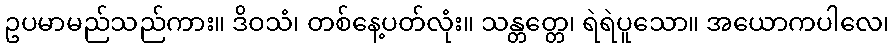
ဥပမာမည်သည်ကား။ ဒိဝသံ၊ တစ်နေ့ပတ်လုံး။ သန္တတ္တေ၊ ရဲရဲပူသော။ အယောကပါလေ၊